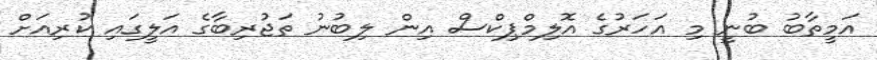
އަމީތާބު ބުނީ މި އަހަރުގެ އޮލިމްޕިކްސް އިން ލިބުނު ތަޖުރިބާގެ އަލީގައި ކުރިއަށް